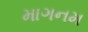
માગનમ